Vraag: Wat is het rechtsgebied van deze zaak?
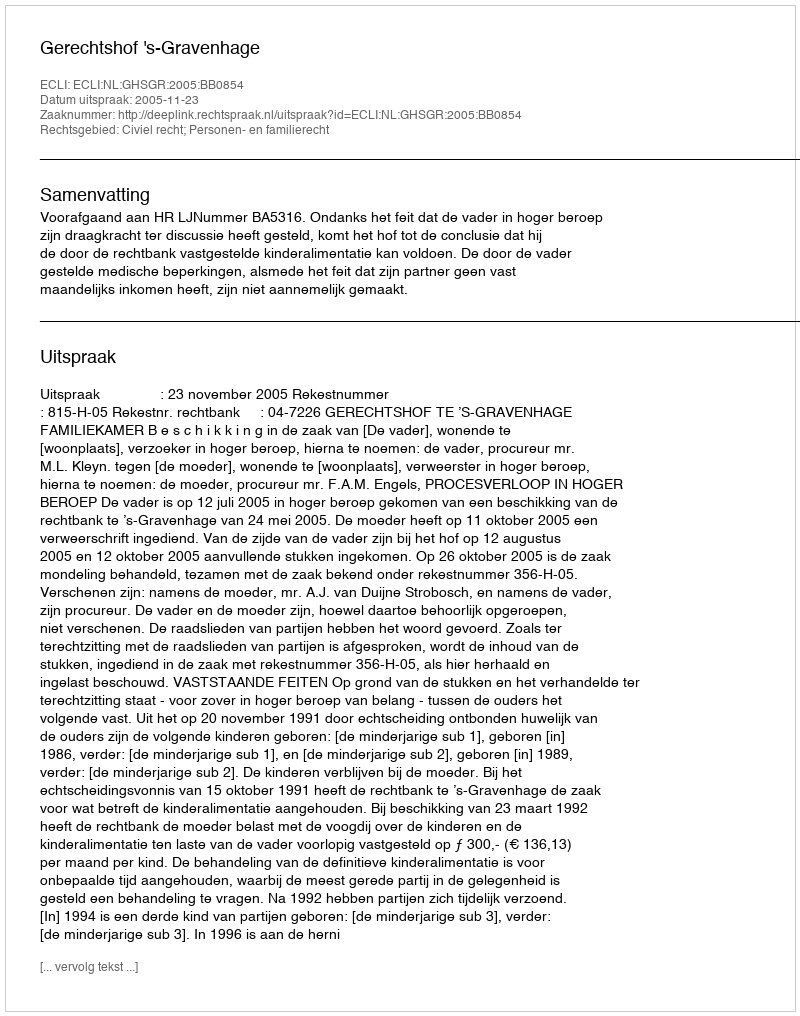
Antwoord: Civiel recht; Personen- en familierecht